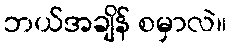
ဘယ်အချိန် စမှာလဲ။